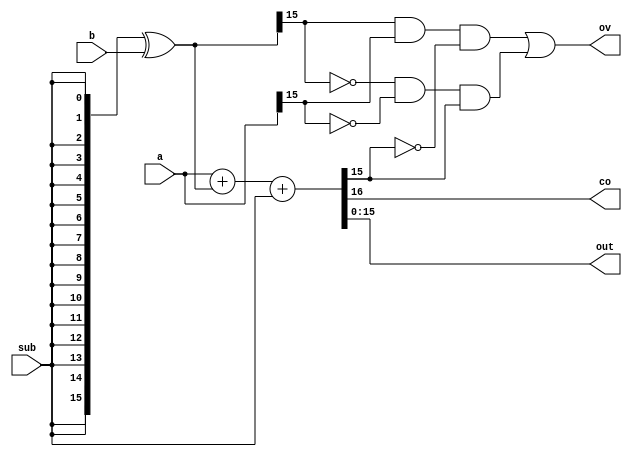
module AdderSub #(
    parameter N = 16
)(
    input sub,
    input [N-1:0] a, b,
    output co, ov,
    output [N-1:0] out
);
    wire [N-1:0] inputB;
    assign inputB = {N{sub}} ^ b;

    assign ov = (inputB[N-1] & a[N-1] & ~out[N-1]) || (~inputB[N-1] & ~a[N-1] & out[N-1]);
    assign {co, out}= a + inputB + sub;
endmodule